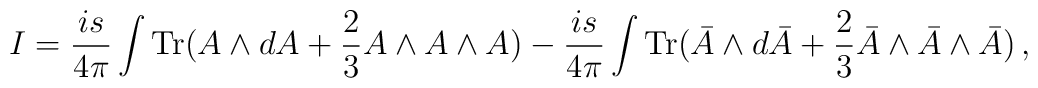
I = \frac{is}{4\pi}\int{\mathrm{Tr}}(A\wedge dA + \frac 23    A\wedge A\wedge A) -    \frac{is}{4\pi}\int{\mathrm{Tr}}(\bar{A}\wedge d\bar{A} + \frac 23    \bar{A}\wedge \bar{A}\wedge \bar{A})\,,